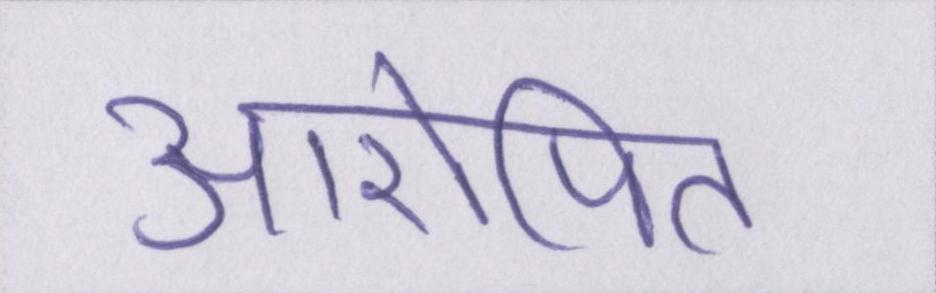
आरोपित